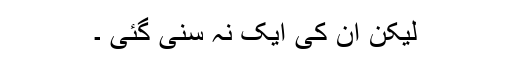
لیکن اُن کی ایک نہ سُنی گئی ۔